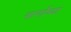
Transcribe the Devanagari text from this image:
मार्गोच्या